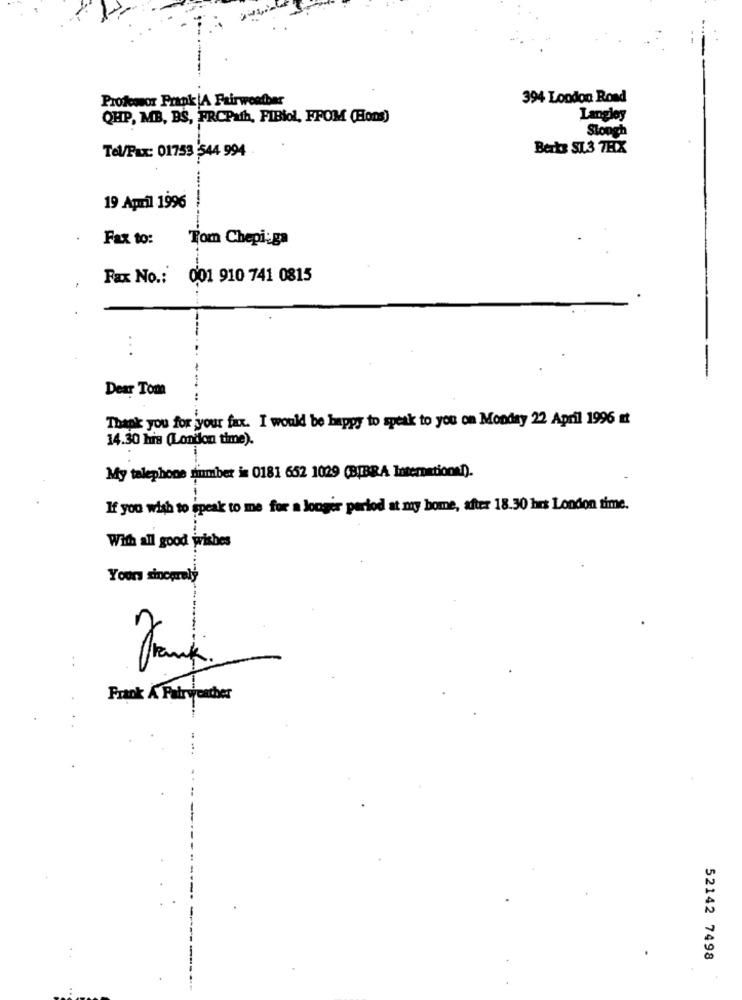
Professor Prank |A Fairweafbar
394 London Road
QHP, MB, BS, FRCPath, FIBiol, FFOM (Hons)
Langley
Stough
Tel/Fax: 01753 544 994
Berts SL.3 7HX
19 April 1996
Fax to:
Tom Chepi:ga
Fax No .: 001 910 741 0815
:
Dear Tom
Thank you for your fax. I would be happy to speak to you on Monday 22 April 1996 at
14.30 his (London time).
My talephone number is 0181 652 1029 (BIBRA International).
If you wish to speak to me for a longer period at my home, after 18.30 hrs London time.
With all good wishes
Yours sincerely
-
..
50
Frank A Fairweather
52142 7498